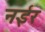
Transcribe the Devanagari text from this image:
नईर